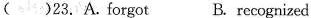
( )23. A.forgot B.reognized